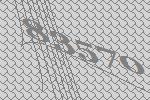
83570